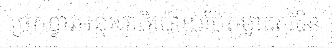
ច្រកទ្វារអន្តរជាតិប៉ោយប៉ែតម្នាក់សុំមិន